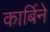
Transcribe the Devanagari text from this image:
कार्बिने